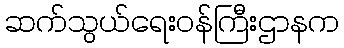
ဆက်သွယ်ရေးဝန်ကြီးဌာနက